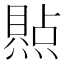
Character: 𪹭